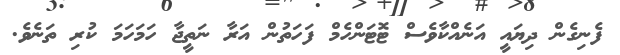
ފެނިގެން ދިޔައީ އަނެއްކާވެސް ޓޮޓަންހެމް ފަހަތުން އަރާ ނަތީޖާ ހަމަހަމަ ކުރި ތަނެވެ.